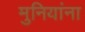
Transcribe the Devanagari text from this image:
मुनियांना